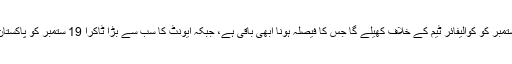
ایشیا کپ میں پاکستان اپنا پہلا میچ 16 ستمبر کو کوالیفائر ٹیم کے خلاف کھیلے گا جس کا فیصلہ ہونا ابھی باقی ہے، جبکہ ایونٹ کا سب سے بڑا ٹاکرا 19 ستمبر کو پاکستان اور بھارت کے درمیان دبئی میں ہوگا۔